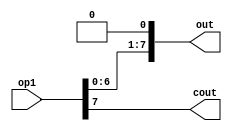
module MY_ASHL(op1, out, cout);
    input[7:0] op1;
    output[7:0] out;
    output cout;
    
    assign cout = op1[7];
    assign out = op1 << 1;

endmodule